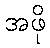
အဖို